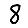
Digit: 8